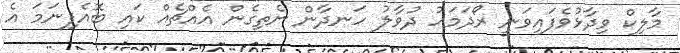
މާލިކް ވިދާޅުވެފައިވަނީ ރޯދަމަހު ދުވާލު ހަނދާން ނެތިގެން އެއްޗެއް ކައި ބޮއެފިނަމަ އެ